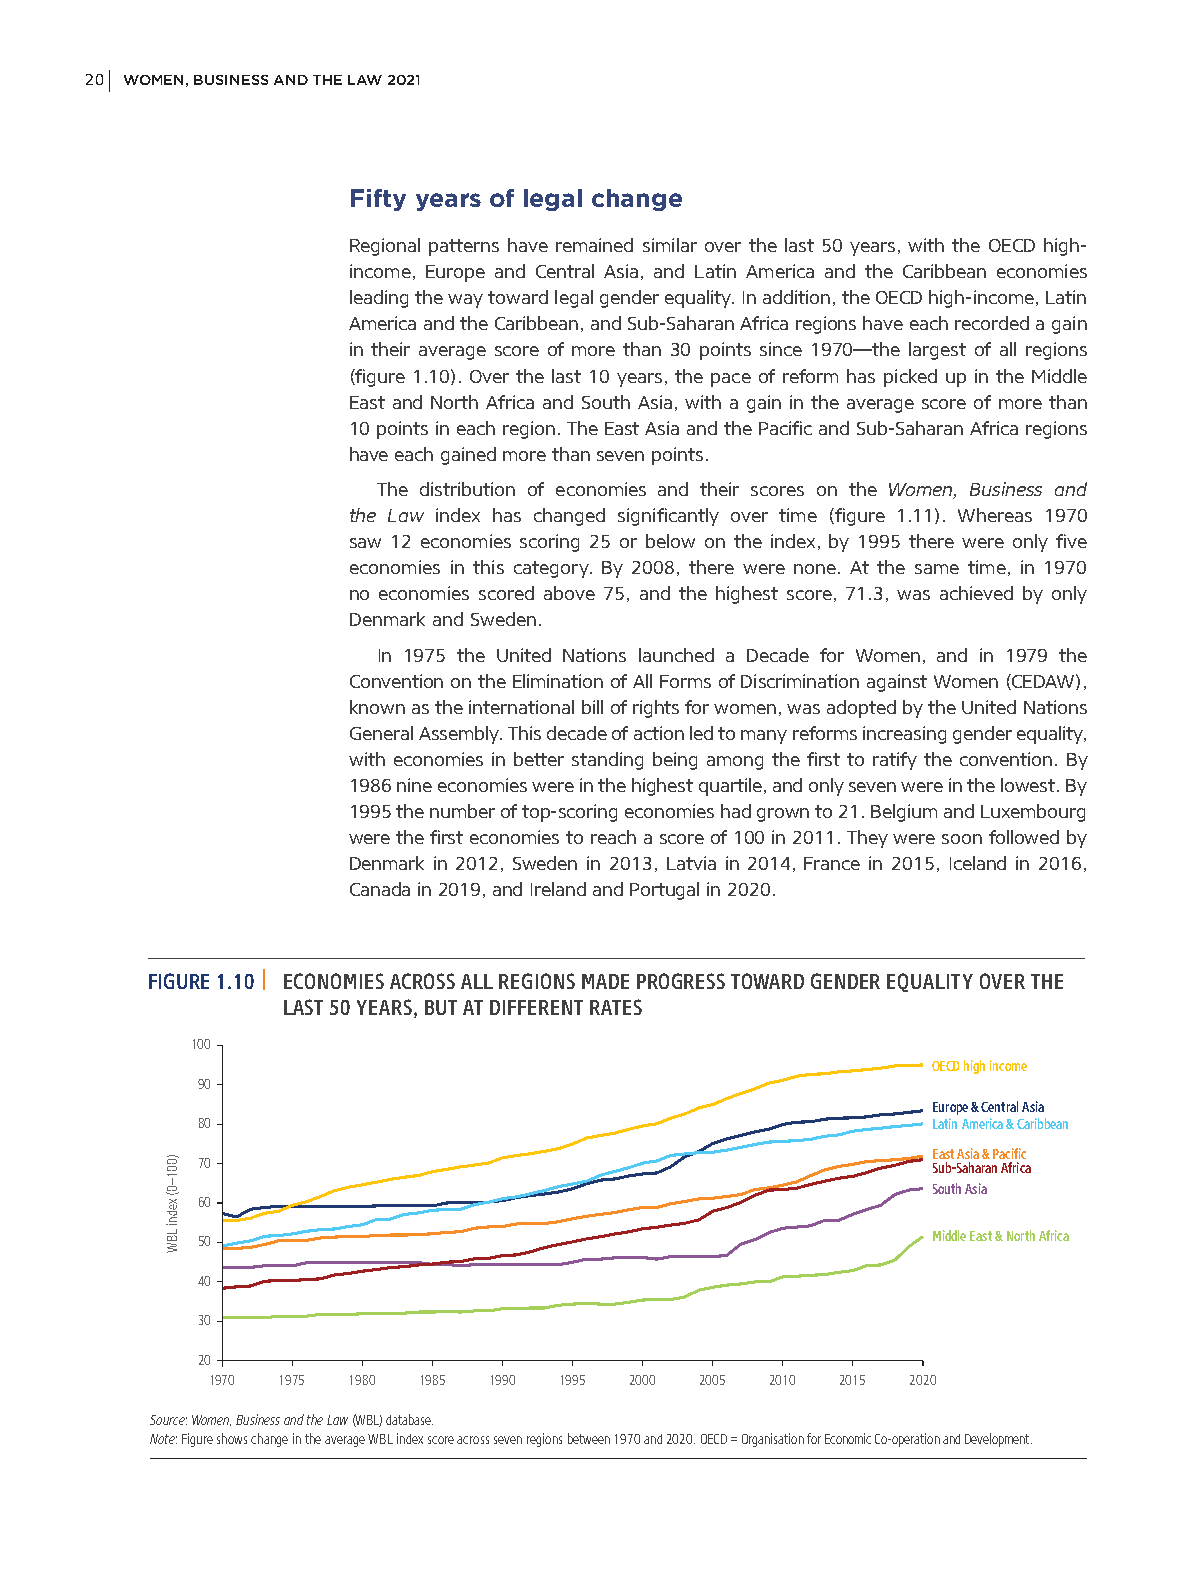
20 WOMEN, BUSINESS AND THE LAW 2021
 Fifty years of legal change
 Regional patterns have remained similar over the last 50 years, with the OECD high-
 income, Europe and Central Asia, and Latin America and the Caribbean economies
 leading the way toward legal gender equality. In addition, the OECD high-income, Latin
 America and the Caribbean, and Sub-Saharan Africa regions have each recorded a gain
 in their average score of more than 30 points since 1970—the largest of all regions
 (figure 1.10). Over the last 10 years, the pace of reform has picked up in the Middle
 East and North Africa and South Asia, with a gain in the average score of more than
 10 points in each region. The East Asia and the Pacific and Sub-Saharan Africa regions
 have each gained more than seven points.
 The distribution of economies and their scores on the Women, Business and
 the Law index has changed significantly over time (figure 1.11). Whereas 1970
 saw 12 economies scoring 25 or below on the index, by 1995 there were only five
 economies in this category. By 2008, there were none. At the same time, in 1970
 no economies scored above 75, and the highest score, 71.3, was achieved by only
 Denmark and Sweden.
 In 1975 the United Nations launched a Decade for Women, and in 1979 the
 Convention on the Elimination of All Forms of Discrimination against Women (CEDAW),
 known as the international bill of rights for women, was adopted by the United Nations
 General Assembly. This decade of action led to many reforms increasing gender equality,
 with economies in better standing being among the first to ratify the convention. By
 1986 nine economies were in the highest quartile, and only seven were in the lowest. By
 1995 the number of top-scoring economies had grown to 21. Belgium and Luxembourg
 were the first economies to reach a score of 100 in 2011. They were soon followed by
 Denmark in 2012, Sweden in 2013, Latvia in 2014, France in 2015, Iceland in 2016,
 Canada in 2019, and Ireland and Portugal in 2020.
 FIGURE 1.10 | ECONOMIES ACROSS ALL REGIONS MADE PROGRESS TOWARD GENDER EQUALITY OVER THE
 LAST 50 YEARS, BUT AT DIFFERENT RATES
 100
 OECD high income
 90
 Europe & Central Asia
 80                                               Latin America & Caribbean
 East Asia & Pacific 70 Sub-Saharan Africa
 South Asia
 60
 50                                               Middle East & North Africa
 40
 30
 20
 1970 1975 1980 1985 1990 1995 2000 2005 2010 2015 2020
 Source: Women, Business and the Law (WBL) database.
 Note: Figure shows change in the average WBL index score across seven regions between 1970 and 2020. OECD = Organisation for Economic Co-operation and Development.
 )001–0(
 xedni
 LBW